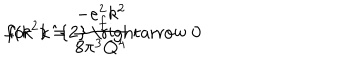
f ( k ^ { 2 } ) = \frac { - e _ { f } ^ { 2 } k ^ { 2 } } { 8 \pi ^ { 3 } Q ^ { 4 } } \hspace { . 5 i n } \mathrm { ~ f o r ~ k ^ { 2 } ~ \rightarrow ~ 0 ~ }